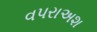
વપરાઅશ